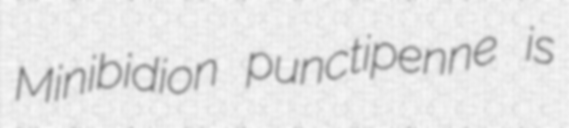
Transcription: Minibidion punctipenne is